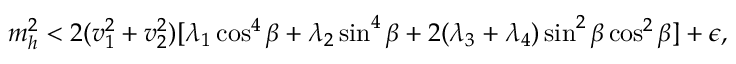
m _ { h } ^ { 2 } < 2 ( v _ { 1 } ^ { 2 } + v _ { 2 } ^ { 2 } ) [ \lambda _ { 1 } \cos ^ { 4 } \beta + \lambda _ { 2 } \sin ^ { 4 } \beta + 2 ( \lambda _ { 3 } + \lambda _ { 4 } ) \sin ^ { 2 } \beta \cos ^ { 2 } \beta ] + \epsilon ,